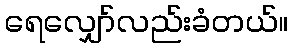
ရေလျှော်လည်းခံတယ်။